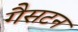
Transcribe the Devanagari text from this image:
गैसटन